Torma_(Votikvere)_vallavalitsus, lk 80
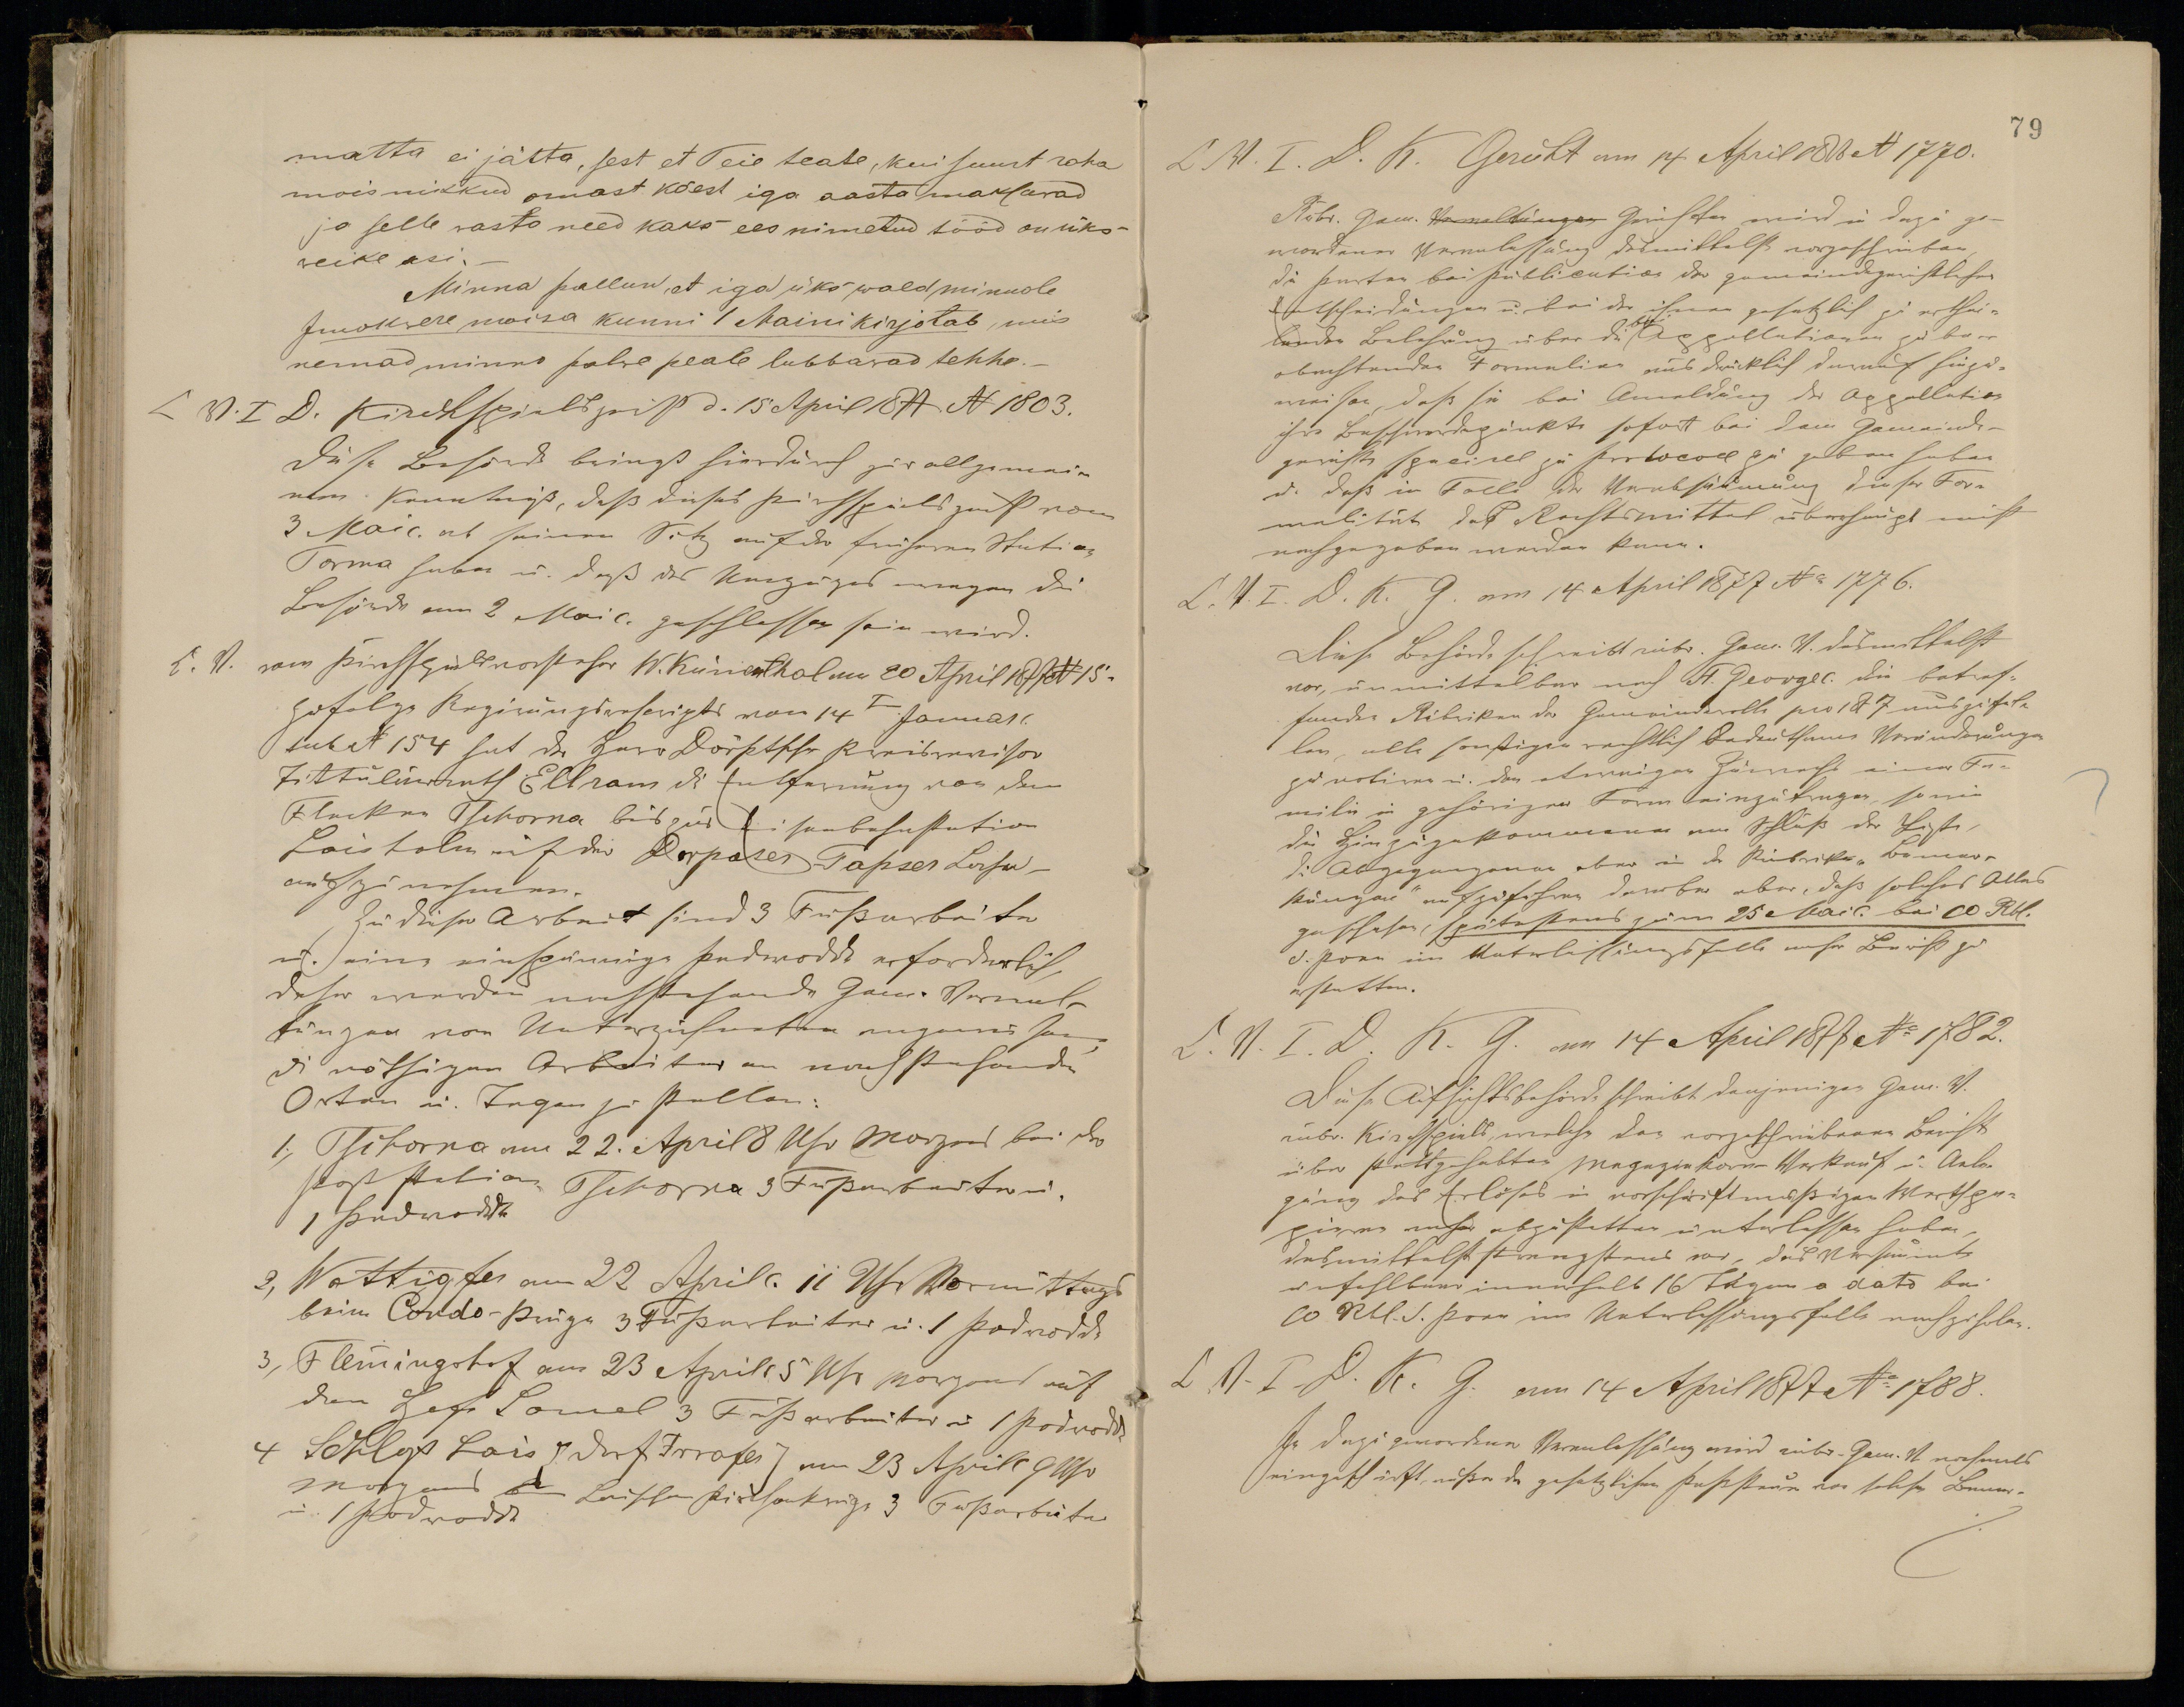
matta ei jätta, sest et Teie teate, kui suurt raha
moisnikkud omast käest iga aasta maksawad
ja selle wasto need kaks ees nimetud tööd on üks
weike asi.
Minna pallun, et iga üks wald minnole
Imokvere mõisa kunni 1 Maini kirjotab, mis
nemad minno palwe peale lubbawad tehha.